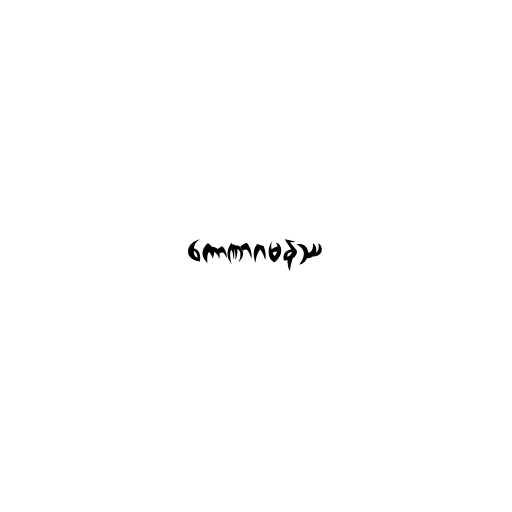
ကောဏာဂမနဿ